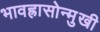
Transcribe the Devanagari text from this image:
भावह्रासोन्मुखी